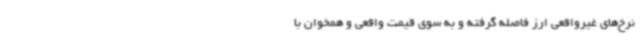
نرخ‌های غیرواقعی ارز فاصله گرفته و به سوی قیمت واقعی و همخوان با